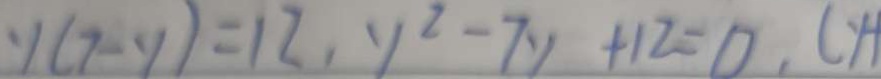
y ( 7 - y ) = 1 2 , y ^ { 2 } - 7 y + 1 2 = 0 , ( y